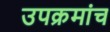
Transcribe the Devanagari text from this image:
उपक्रमांच